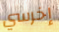
إخرسي